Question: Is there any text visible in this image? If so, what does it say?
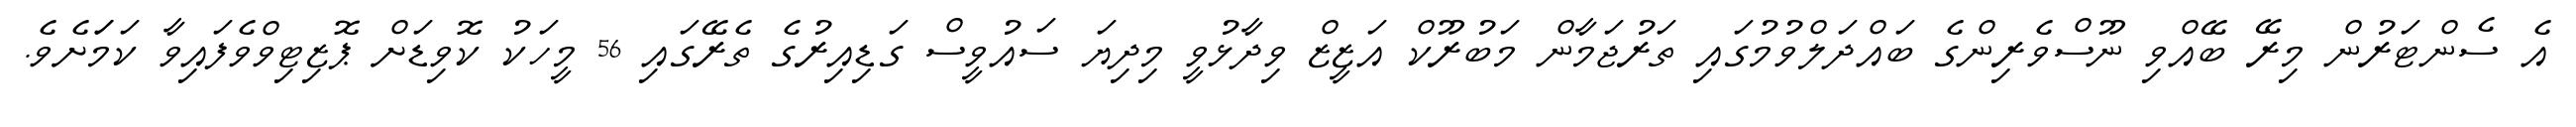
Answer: އެ ސެންޓަރުން މިރޭ ބޭއްވި ނޫސްވެރިންގެ ބައްދަލްވުމުގައި ތަރުޖަމާން މަބުރޫކް އަޒީޒް ވިދާޅުވީ މިދިޔަ ސައުވީސް ގަޑިއިރުގެ ތެރޭގައި 56 މީހަކު ކޮވިޑަށް ޕޮޒިޓިވްވެފައިވާ ކަމަަށެވެ.